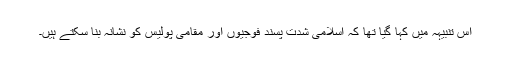
اس تنبیہہ میں کہا گیا تھا کہ اسلامی شدت پسند فوجیوں اور مقامی پولیس کو نشانہ بنا سکتے ہیں۔